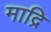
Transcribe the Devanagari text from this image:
माद्रि